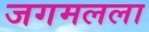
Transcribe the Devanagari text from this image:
जगमलला